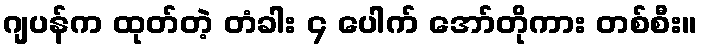
ဂျပန်က ထုတ်တဲ့ တံခါး ၄ ပေါက် အော်တိုကား တစ်စီး။